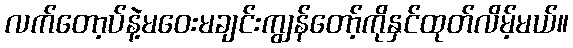
လက်တော့ပ်နဲ့မဝေးမချင်းကျွန်တော့်ကိုနှင်ထုတ်လိမ့်မယ်။